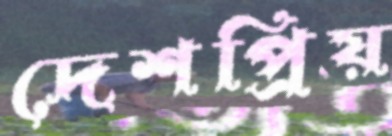
দেশপ্রিয়